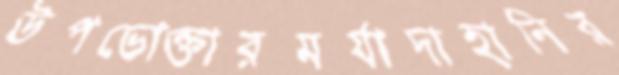
উপভোক্তারমর্যাদাহানির